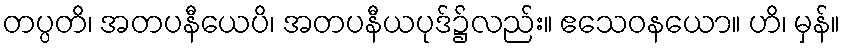
တပ္ပတိ၊ အတပနီယေပိ၊ အတပနီယပုဒ်၌လည်း။ ဧသေဝနယော။ ဟိ၊ မှန်။